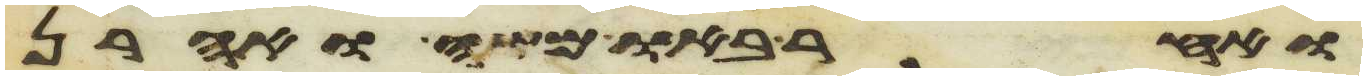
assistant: ואחר באו משה ואהרן